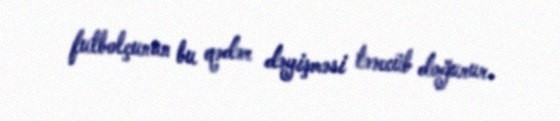
futbolçunun bu qədər dəyişməsi təəccüb doğurur.